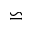
\backsimeq